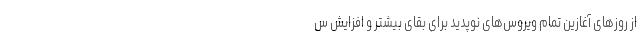
از روزهای آغازین تمام ویروس‌های نوپدید برای بقای بیشتر و افزایش س